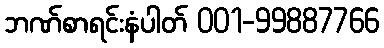
ဘဏ်စာရင်းနံပါတ် 001-99887766